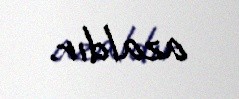
azaldır.